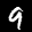
Label: 9